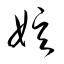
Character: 娯